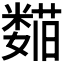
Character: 𬞺